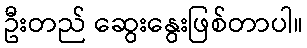
ဦးတည် ဆွေးနွေးဖြစ်တာပါ။